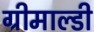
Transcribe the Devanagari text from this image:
ग्रीमाल्डी